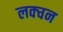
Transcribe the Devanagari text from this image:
लक्चन